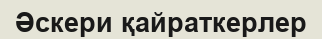
Әскери қайраткерлер